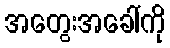
အတွေးအခေါ်ကို